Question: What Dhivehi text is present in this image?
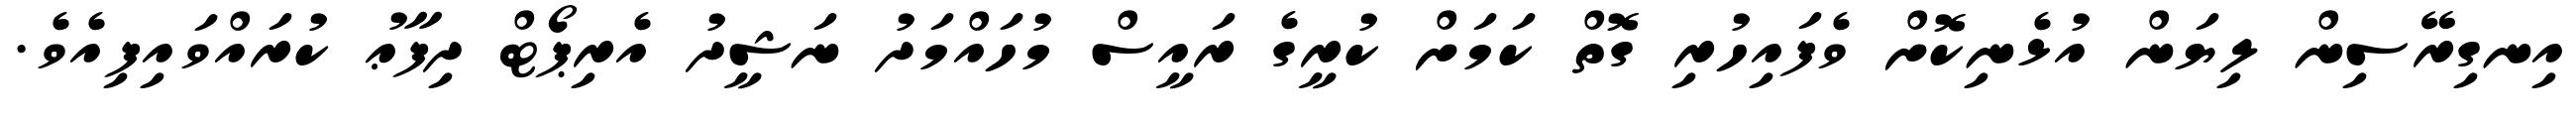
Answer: އިނގިރޭސިން ލިޔަން އުޅެނިކޮށް ވެފައިހުރި ގޮތް ކަމަށް ކުރީގެ ރައީސް މުހައްމަދު ނަޝީދު އެރިޕޯޓް ދިފާޢު ކުރައްވައިފިއެވެ.